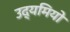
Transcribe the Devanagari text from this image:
उद्यमियो